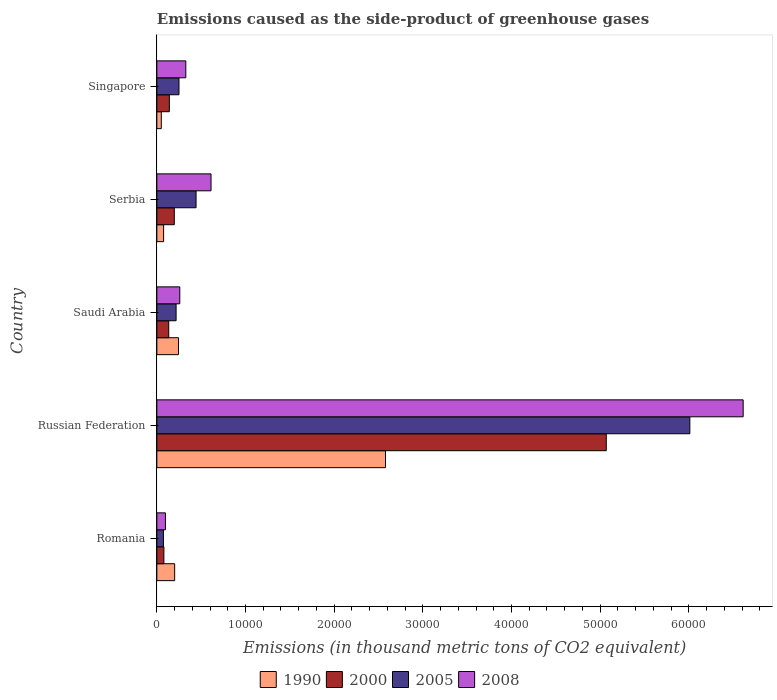
| Country | 1990 | 2000 | 2005 | 2008 |
 | --- | --- | --- | --- | --- |
 | Romania | 2.01e+03 | 795 | 742 | 970 |
 | Russian Federation | 2.58e+04 | 5.07e+04 | 6.01e+04 | 6.61e+04 |
 | Saudi Arabia | 2.44e+03 | 1.34e+03 | 2.17e+03 | 2.59e+03 |
 | Serbia | 762 | 1.97e+03 | 4.42e+03 | 6.11e+03 |
 | Singapore | 502 | 1.41e+03 | 2.5e+03 | 3.27e+03 |